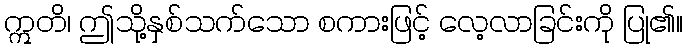
ဣတိ၊ ဤသို့နှစ်သက်သော စကားဖြင့် လေ့လာခြင်းကို ပြု၏။